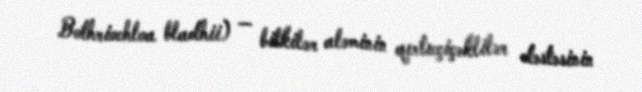
Bothriochloa bladhii) — bitkilər aləminin qırtıcçiçəklilər dəstəsinin